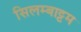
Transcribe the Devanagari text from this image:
सिलम्बाट्टम